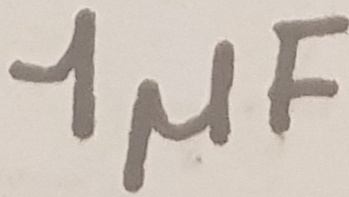
Text: 1µF